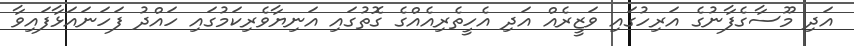
އަދި މޫސާގެފާނުގެ އަރިހުގައި ވަޒީރެއް އަދި އެހީތެރިއެއްގެ ގޮތުގައި އަނިޔާވެރިކަމުގައި ހައްދު ފަހަނައަޅާފައިވާ